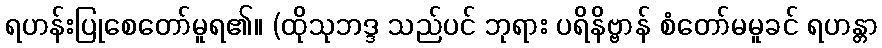
ရဟန်းပြုစေတော်မူရ၏။ (ထိုသုဘဒ္ဒ သည်ပင် ဘုရား ပရိနိဗ္ဗာန် စံတော်မမူခင် ရဟန္တာ